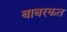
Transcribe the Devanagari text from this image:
बाबरकत